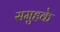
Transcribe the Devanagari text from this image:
समुहके